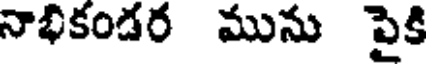
నాభికండర మును పైకి